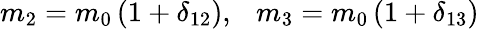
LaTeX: m_{2}=m_{0}\left(1+\delta_{12}\right),\ \ \ m_{3}=m_{0}\left(1+\delta_{13}\right)